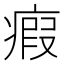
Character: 瘕